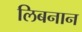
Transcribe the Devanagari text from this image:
लिबनान